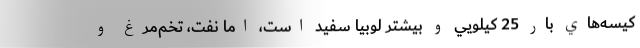
كيسه‌هاي بار 25 كيلويي و بيشتر لوبيا سفيد است، اما نفت، تخم‌مرغ و